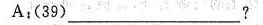
A;(39)_______?